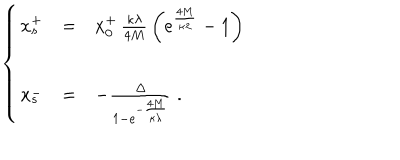
LaTeX: \left\{ \begin{array} { l l l } { { x _ { s } ^ { + } } } & { { = } } & { { x _ { 0 } ^ { + } \, \frac { \kappa \lambda } { 4 M } \, \left( e ^ { \frac { 4 M } { \kappa \lambda } } - 1 \right) } } \\ { { x _ { s } ^ { - } } } & { { = } } & { { - \frac { \Delta } { 1 - e ^ { - \frac { 4 M } { \kappa \lambda } } } \; . } } \\ \end{array} \right.